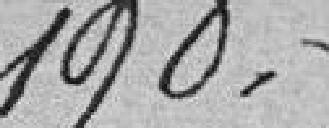
190